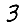
Digit: 3